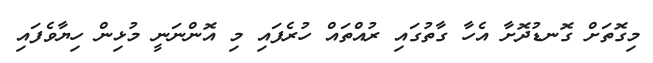
މިގޮތަށް ގޮނޑުދޮށާ އެހާ ގާތުގައި ރުއްތައް ހުރެފައި މި އޮންނަނީ މުޅިން ހިޔާވެފައި